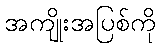
အကျိုးအပြစ်ကို